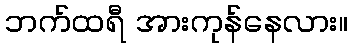
ဘက်ထရီ အားကုန်နေလား။